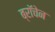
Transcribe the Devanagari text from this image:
ब्रॉचेन